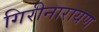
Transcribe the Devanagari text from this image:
गिरीनारायण